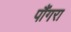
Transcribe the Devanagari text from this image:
पौंगरा